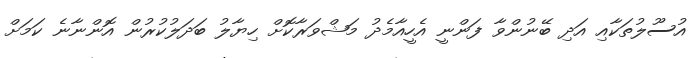
އުސޫލުތަކާއި އަދި ބޭނުންވާ ފަންނީ އެހީއާމެދު މަޝްވަރާކޮށް ހިޔާލު ބަދަލުކުރުން އޮންނާނެ ކަމަށް